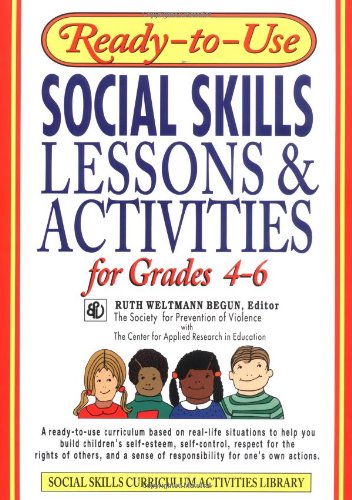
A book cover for Ready-to-Use Social Skills Lessons & Activities for Grades 4 - 6; Ruth Weltmann Begun; Education & Teaching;